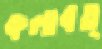
কলাবত্